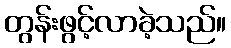
တွန်းဖွင့်လာခဲ့သည်။